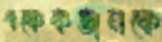
একেকজনকে